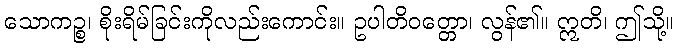
သောကဉ္စ၊ စိုးရိမ်ခြင်းကိုလည်းကောင်း။ ဥပါတိဝတ္တော၊ လွန်၏။ ဣတိ၊ ဤသို့။